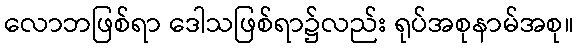
လောဘဖြစ်ရာ ဒေါသဖြစ်ရာ၌လည်း ရုပ်အစုနာမ်အစု။